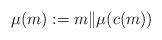
LaTeX: \begin{align*}\mu(m):=m \| \mu(c(m))\end{align*}